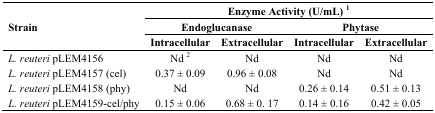
| <ROWSPAN=3> Strain | <COLSPAN=4> Enzyme Activity (U/mL) 1 |
 | <COLSPAN=2> Endoglucanase | <COLSPAN=2> Phytase |
 | Intracellular | Extracellular | Intracellular | Extracellular |
 | --- | --- | --- | --- | --- |
 | L. reuteri pLEM4156 | Nd 2 | Nd | Nd | Nd |
 | L. reuteri pLEM4157 (cel) | 0.37 ± 0.09 | 0.96 ± 0.08 | Nd | Nd |
 | L. reuteri pLEM4158 (phy) | Nd | Nd | 0.26 ± 0.14 | 0.51 ± 0.13 |
 | L. reuteri pLEM4159-cel/phy | 0.15 ± 0.06 | 0.68 ± 0. 17 | 0.14 ± 0.16 | 0.42 ± 0.05 |